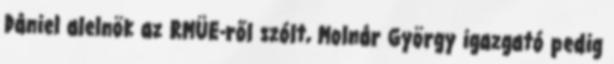
Dániel alelnök az RMÜE-ről szólt, Molnár György igazgató pedig